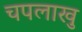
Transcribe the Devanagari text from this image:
चपलाखु